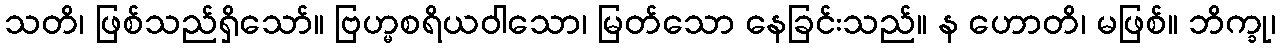
သတိ၊ ဖြစ်သည်ရှိသော်။ ဗြဟ္မစရိယဝါသော၊ မြတ်သော နေခြင်းသည်။ န ဟောတိ၊ မဖြစ်။ ဘိက္ခု၊